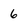
Character: 6